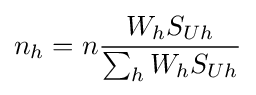
n_{h}=n{\frac {W_{h}S_{Uh}}{\sum _{h}W_{h}S_{Uh}}}